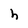
Character: h